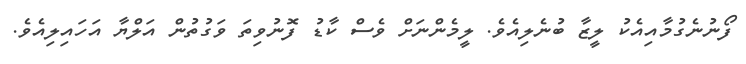
ފޯނުނެގުމާއިއެކު ލީޒާ ބުނެލިއެވެ. ލީމެންނަށް ވެސް ކާޑު ފޮނުވިތަ ވަގުތުން އަލްޔާ އަހައިލިއެވެ.